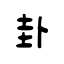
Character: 卦